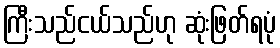
ကြီးသည်ငယ်သည်ဟု ဆုံးဖြတ်ရပုံ